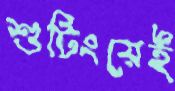
শুটিংয়েই